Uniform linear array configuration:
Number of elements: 64
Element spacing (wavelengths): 0.75
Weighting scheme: kaiser
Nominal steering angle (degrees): -45
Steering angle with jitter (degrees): -46.104
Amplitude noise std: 0.05
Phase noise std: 0.05

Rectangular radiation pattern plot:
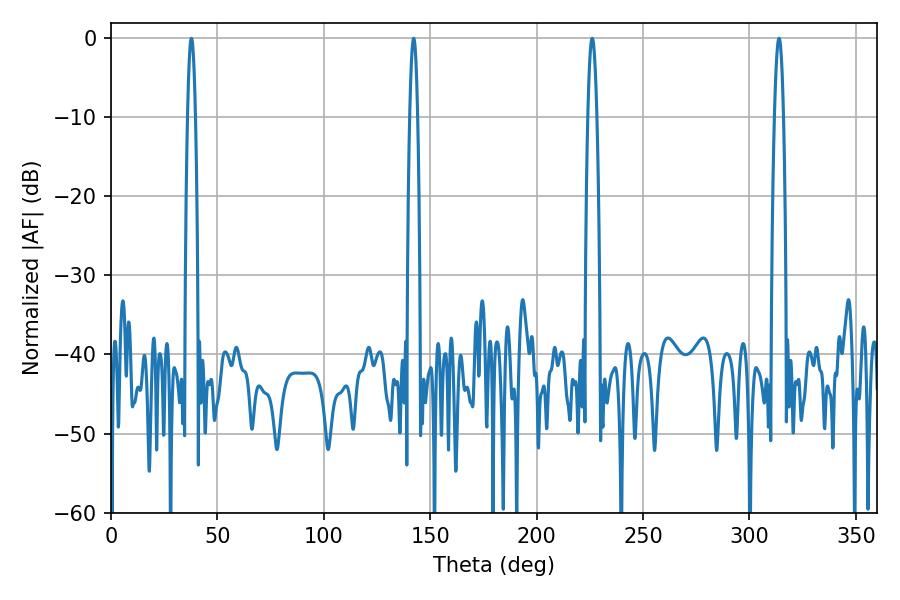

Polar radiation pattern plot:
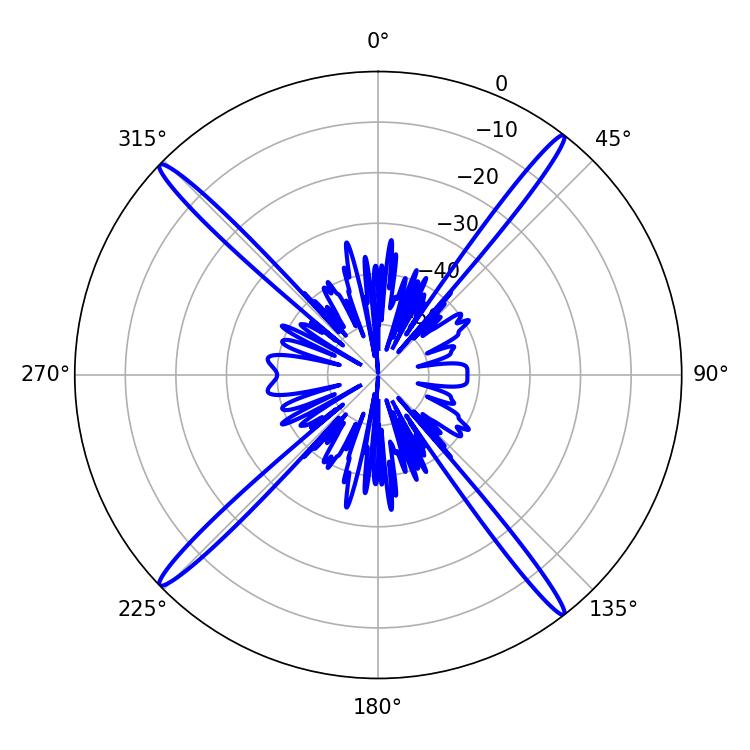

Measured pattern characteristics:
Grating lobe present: TRUE
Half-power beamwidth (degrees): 1.98
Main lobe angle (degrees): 142.2